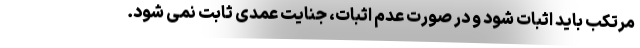
مرتکب باید اثبات شود و در صورت عدم اثبات، جنایت عمدی ثابت نمی شود.